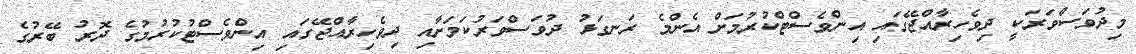
މިދުވަސްވަރަކީ ދިވެހިރާއްޖޭގައި އިންވެސްޓްކުރުމަށް އެންމެ ރަނގަޅު ދުވަސްވަރުކަމަށާއި ދިވެހިރާއްޖޭގައި އިންވެސްޓުކުރުމުގެ ދޮރު ބޭރުގެ